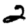
Digit: 2